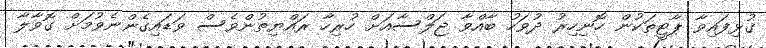
ގުޅިފައިވާ ޕާޓީތަކުން ހޮނިހިރު ދުވަހު ބާއްވާ ޖަލްސާއަށް ހުރިހާ ރައްޔިތުންވެސް ވަޑައިގެންނެވުމަށް ގޮވާލާ